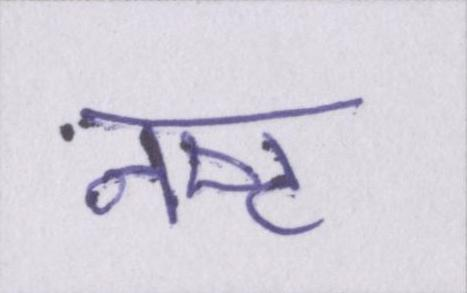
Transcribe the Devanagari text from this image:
नष्ट